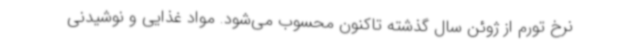
نرخ تورم از ژوئن سال گذشته تاکنون محسوب می‌شود. مواد غذایی و نوشیدنی